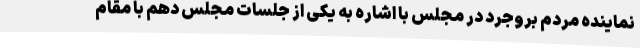
نماینده مردم بروجرد در مجلس با اشاره به یکی از جلسات مجلس دهم با مقام